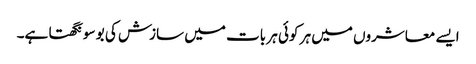
ایسے معاشروں میں ہر کوئی ہر بات میں سازش کی بو سونگھتا ہے۔